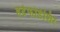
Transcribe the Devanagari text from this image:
हर्टफोर्डशिर